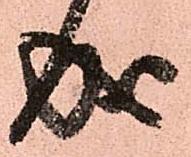
成